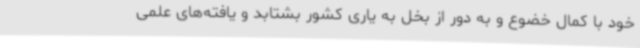
خود با کمال خضوع و به دور از بخل به یاری کشور بشتابد و یافته‌های علمی